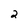
Character: 2